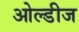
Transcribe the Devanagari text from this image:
ओल्डीज